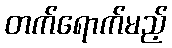
တက်ရောက်မည့်